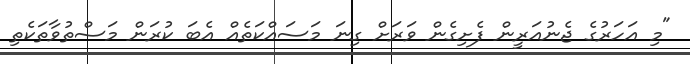
"މި އަހަރުގެ ޖެނުއަރީން ފެށިގެން ވަރަށް ގިނަ މަސައްކަތެއް އެބަ ކުރަން މަސްތުވާތަކެތި